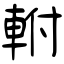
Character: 軵